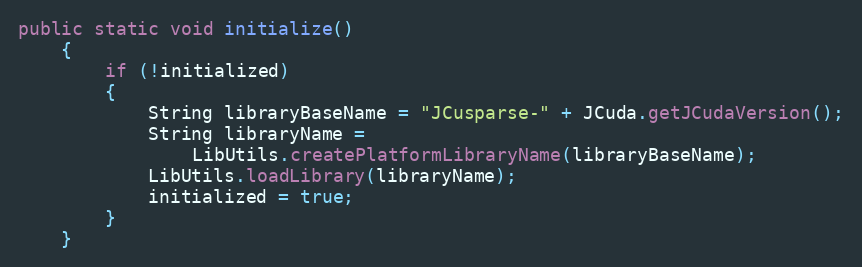
Language: Java
public static void initialize()
    {
        if (!initialized)
        {
            String libraryBaseName = "JCusparse-" + JCuda.getJCudaVersion();
            String libraryName =
                LibUtils.createPlatformLibraryName(libraryBaseName);
            LibUtils.loadLibrary(libraryName);
            initialized = true;
        }
    }